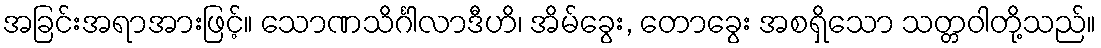
အခြင်းအရာအားဖြင့်။ သောဏသိင်္ဂါလာဒီဟိ၊ အိမ်ခွေး, တောခွေး အစရှိသော သတ္တဝါတို့သည်။